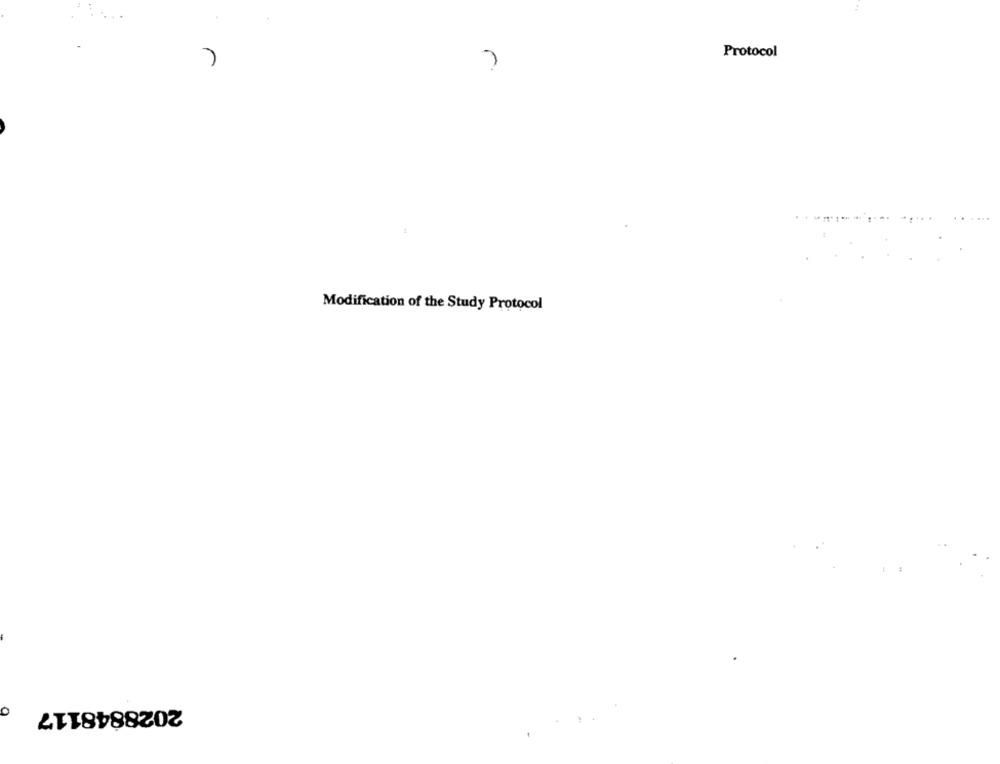
Protocol
7
Modification of the Study Protocol
2028848117